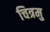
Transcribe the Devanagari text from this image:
चित्रमु